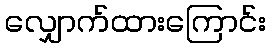
လျှောက်ထားကြောင်း